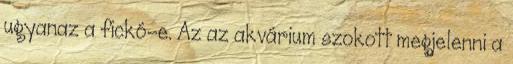
ugyanaz a fickó-e. Az az akvárium szokott megjelenni a